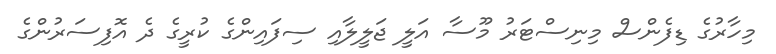
މިހާރުގެ ޑިފެންސް މިނިސްޓަރު މޫސާ އަލީ ޖަލީލާއި ސިފައިންގެ ކުރީގެ ދެ އޮފިސަރުންގެ